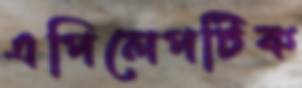
এপিলেপটিক